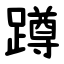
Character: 蹲